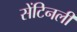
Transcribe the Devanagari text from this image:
सेंटिनली